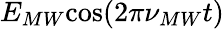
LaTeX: E_{MW}\mathrm{cos}(2\pi\nu_{MW}t)